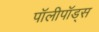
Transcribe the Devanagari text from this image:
पॉलीपॉड्स